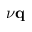
\nu \mathbf { q }